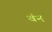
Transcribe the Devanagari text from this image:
वंन